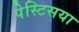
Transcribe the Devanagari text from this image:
पेस्टिसया